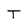
Character: T